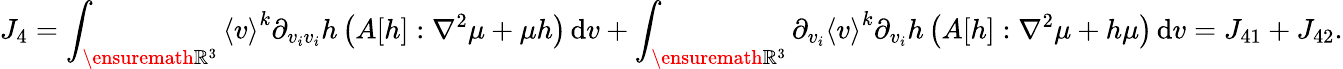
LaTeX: J_{4}=\int_{\ensuremath{{\mathbb R}}^{3}}\left\langle v\right\rangle^{k}\partial_{v_{i}v_{i}}h\left(A[h]:\nabla^{2}\mu+\mu h\right)\, \mathrm{d}v+\int_{\ensuremath{{\mathbb R}}^{3}}\partial_{v_{i}}\left\langle v\right\rangle^{k}\partial_{v_{i}}h\left(A[h]:\nabla^{2}\mu+h\mu\right)\, \mathrm{d}v=J_{41}+J_{42}.